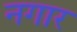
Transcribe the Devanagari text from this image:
नगार